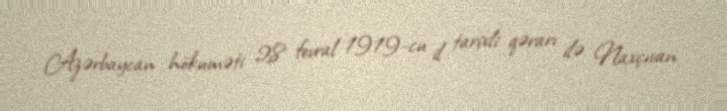
Azərbaycan hökuməti 28 fevral 1919-cu il tarixli qərarı ilə Naxçıvan